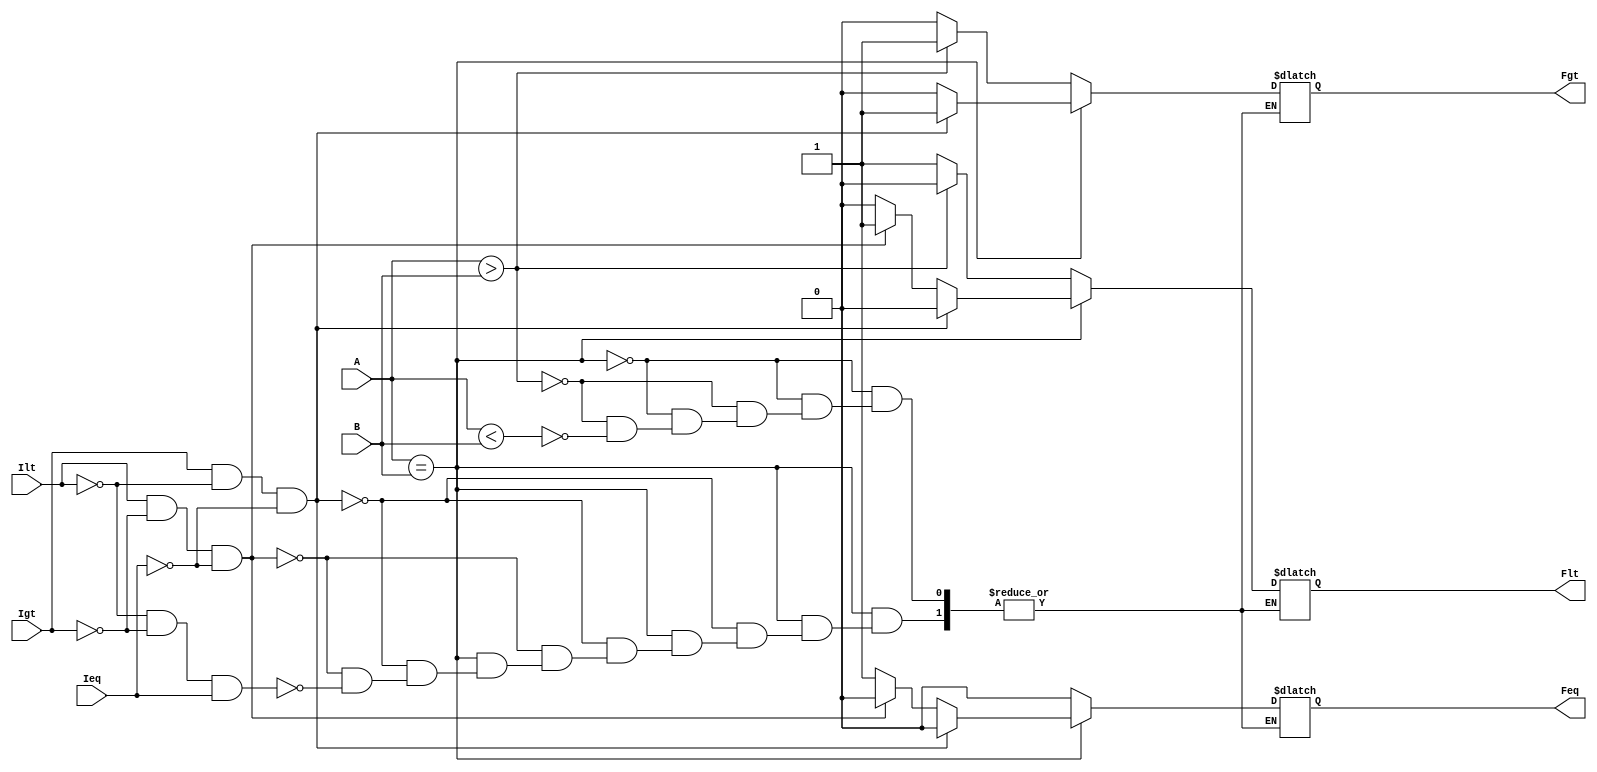
//P189_4_74HC85
module comparator_4b(A, B, Feq, Fgt, Flt, Ieq, Igt, Ilt);

	input [3:0] A, B;		//4
	output reg Feq, Fgt, Flt;	//AB
	input Ieq, Igt, Ilt;		//	

	always@(*) 
	begin
		if(A == B)	begin				//
			if(Igt && !Ilt && !Ieq) begin
				Fgt=1; Flt=0; Feq=0;
				end
			else if(Ilt && !Igt && !Ieq) begin
				Fgt=0; Flt=1; Feq=0;
				end
			else if(!Ilt && !Igt && Ieq) begin
				Fgt=0; Flt=0; Feq=1;
				end
			end
		else if(A > B) begin
			Fgt=1; Flt=0; Feq=0;
			end
		else if(A < B) begin
			Fgt=0; Flt=1; Feq=0;
			end
	end
endmodule